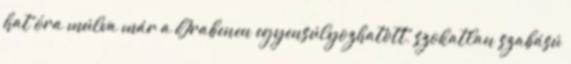
hat óra múlva már a Grabenen egyensúlyozhatott, szokatlan szabású